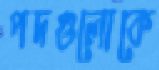
পদগুলোকে